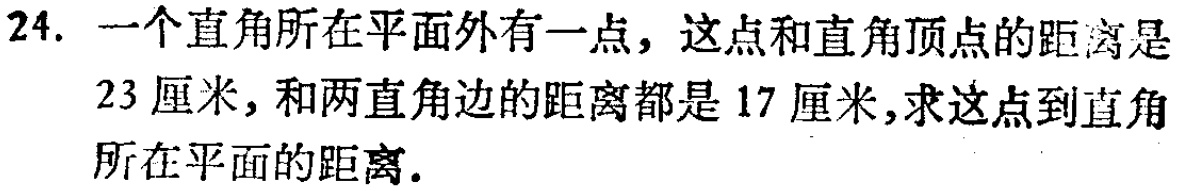
24. 一个直角所在平面外有一点，这点和直角顶点的距离是23厘米，和两直角边的距离都是17厘米，求这点到直角所在平面的距离.